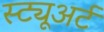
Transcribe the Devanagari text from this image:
स्ट्यूअर्ट